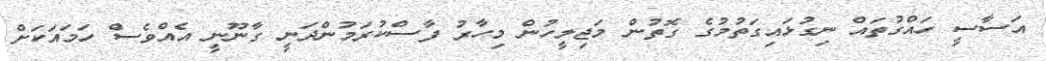
އަސާސީ ހައްގުތައް ނިގުޅައިގަތުމުގެ ގޮތުން މަޖިލީހުން މިހާރު ފާސްކުރަމުންދަނީ ގާނޫނީ އެއްވެސް ހަމައަކަށް